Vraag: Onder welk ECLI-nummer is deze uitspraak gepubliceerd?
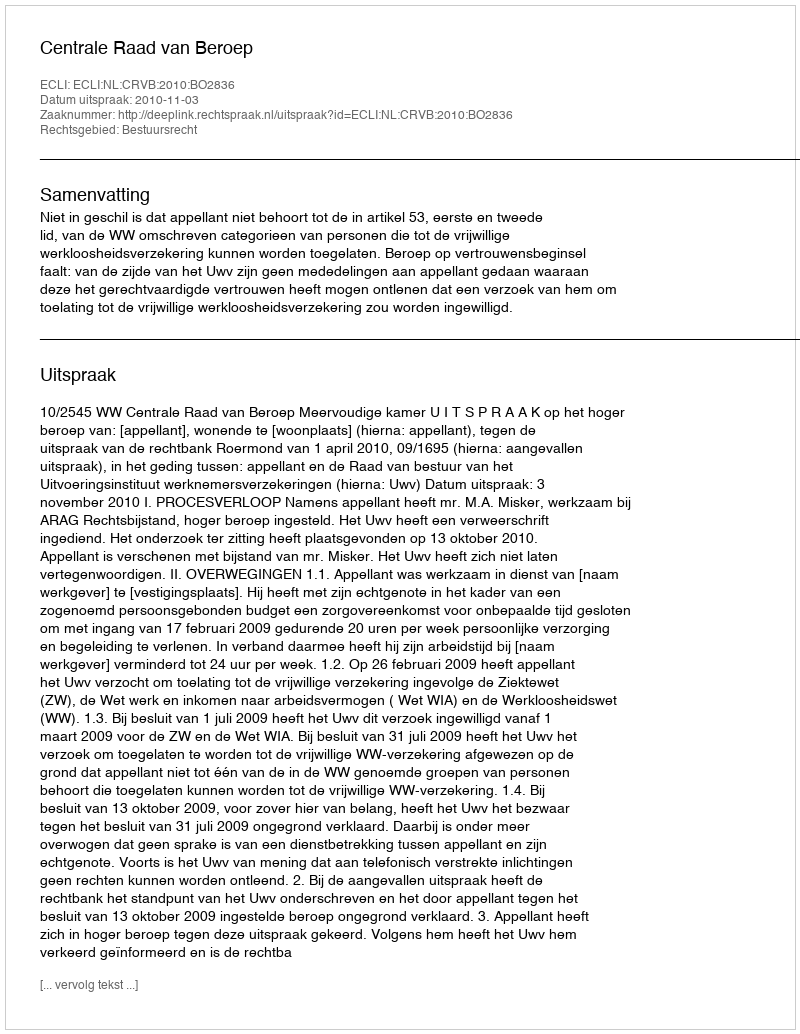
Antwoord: ECLI:NL:CRVB:2010:BO2836